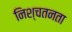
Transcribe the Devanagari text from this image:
निश्चतनता